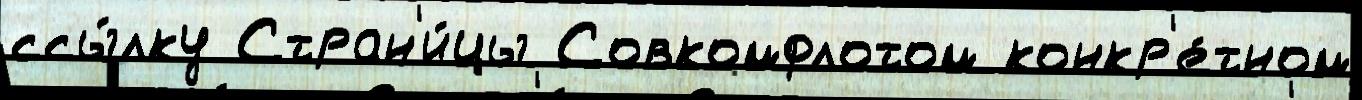
ссы́лку Стран'и́цы Совкомфлотом конкр'е́тном